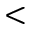
<